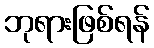
ဘုရားဖြစ်ရန်